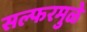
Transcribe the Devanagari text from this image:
सल्फरमुळे